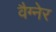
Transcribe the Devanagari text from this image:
वैग्नेर